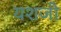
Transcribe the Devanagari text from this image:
यशजी